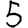
Digit: 5